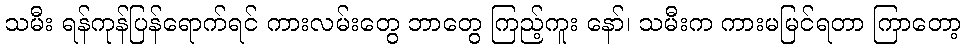
သမီး ရန်ကုန်ပြန်ရောက်ရင် ကားလမ်းတွေ ဘာတွေ ကြည့်ကူး နော်၊ သမီးက ကားမမြင်ရတာ ကြာတော့